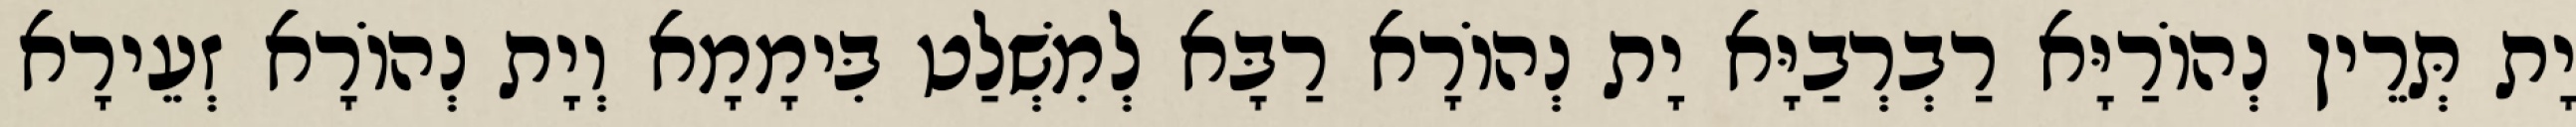
יָת תְּרֵין נְהוֹרַיָּא רַבְרְבַיָּא יָת נְהוֹרָא רַבָּא לְמִשְׁלַט בִּימָמָא וְיָת נְהוֹרָא זְעֵירָא